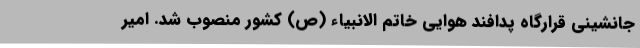
جانشینی قرارگاه پدافند هوایی خاتم الانبیاء (ص) کشور منصوب شد. امیر